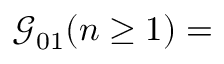
{ \mathcal G } _ { 0 1 } ( n \geq 1 ) =